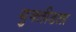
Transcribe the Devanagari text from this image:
युक्लीडला